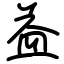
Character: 益